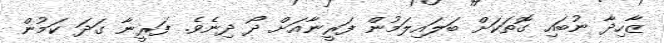
ޒާހިދާ ނުބައި ގޮތަކަށް ބަލައިލަމުން ފަރީނާއަށް ދޯ ދިނެވެ. ފަރީނާ ގަދަ ކަމުން